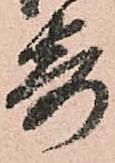
寄